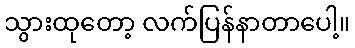
သွားထုတော့ လက်ပြန်နာတာပေါ့။